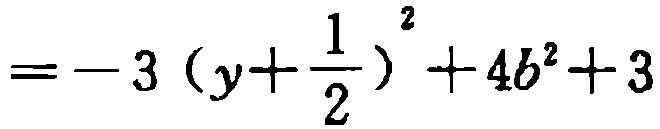
$=-3\left(y+\frac{1}{2}\right)^{2}+4b^{2}+3$